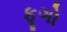
ફૂગો